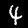
Digit: 4